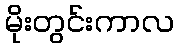
မိုးတွင်းကာလ